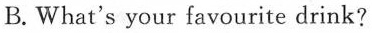
B. What's your favourite drink?